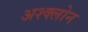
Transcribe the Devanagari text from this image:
अश्क्लोन